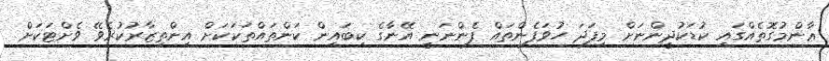
ޢާންމުގޮތެއްގައި ކުޑަކުދީންނަށް މިފަދަ ހުވަފެންތައް ފެންނަނީ އޭނާގެ ކިބައިން ކަންތައްތަކަކަށް އިންތިޒާރުކުރެވޭ ވެށްޓަކަށް